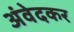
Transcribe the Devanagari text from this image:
अंवेदकर